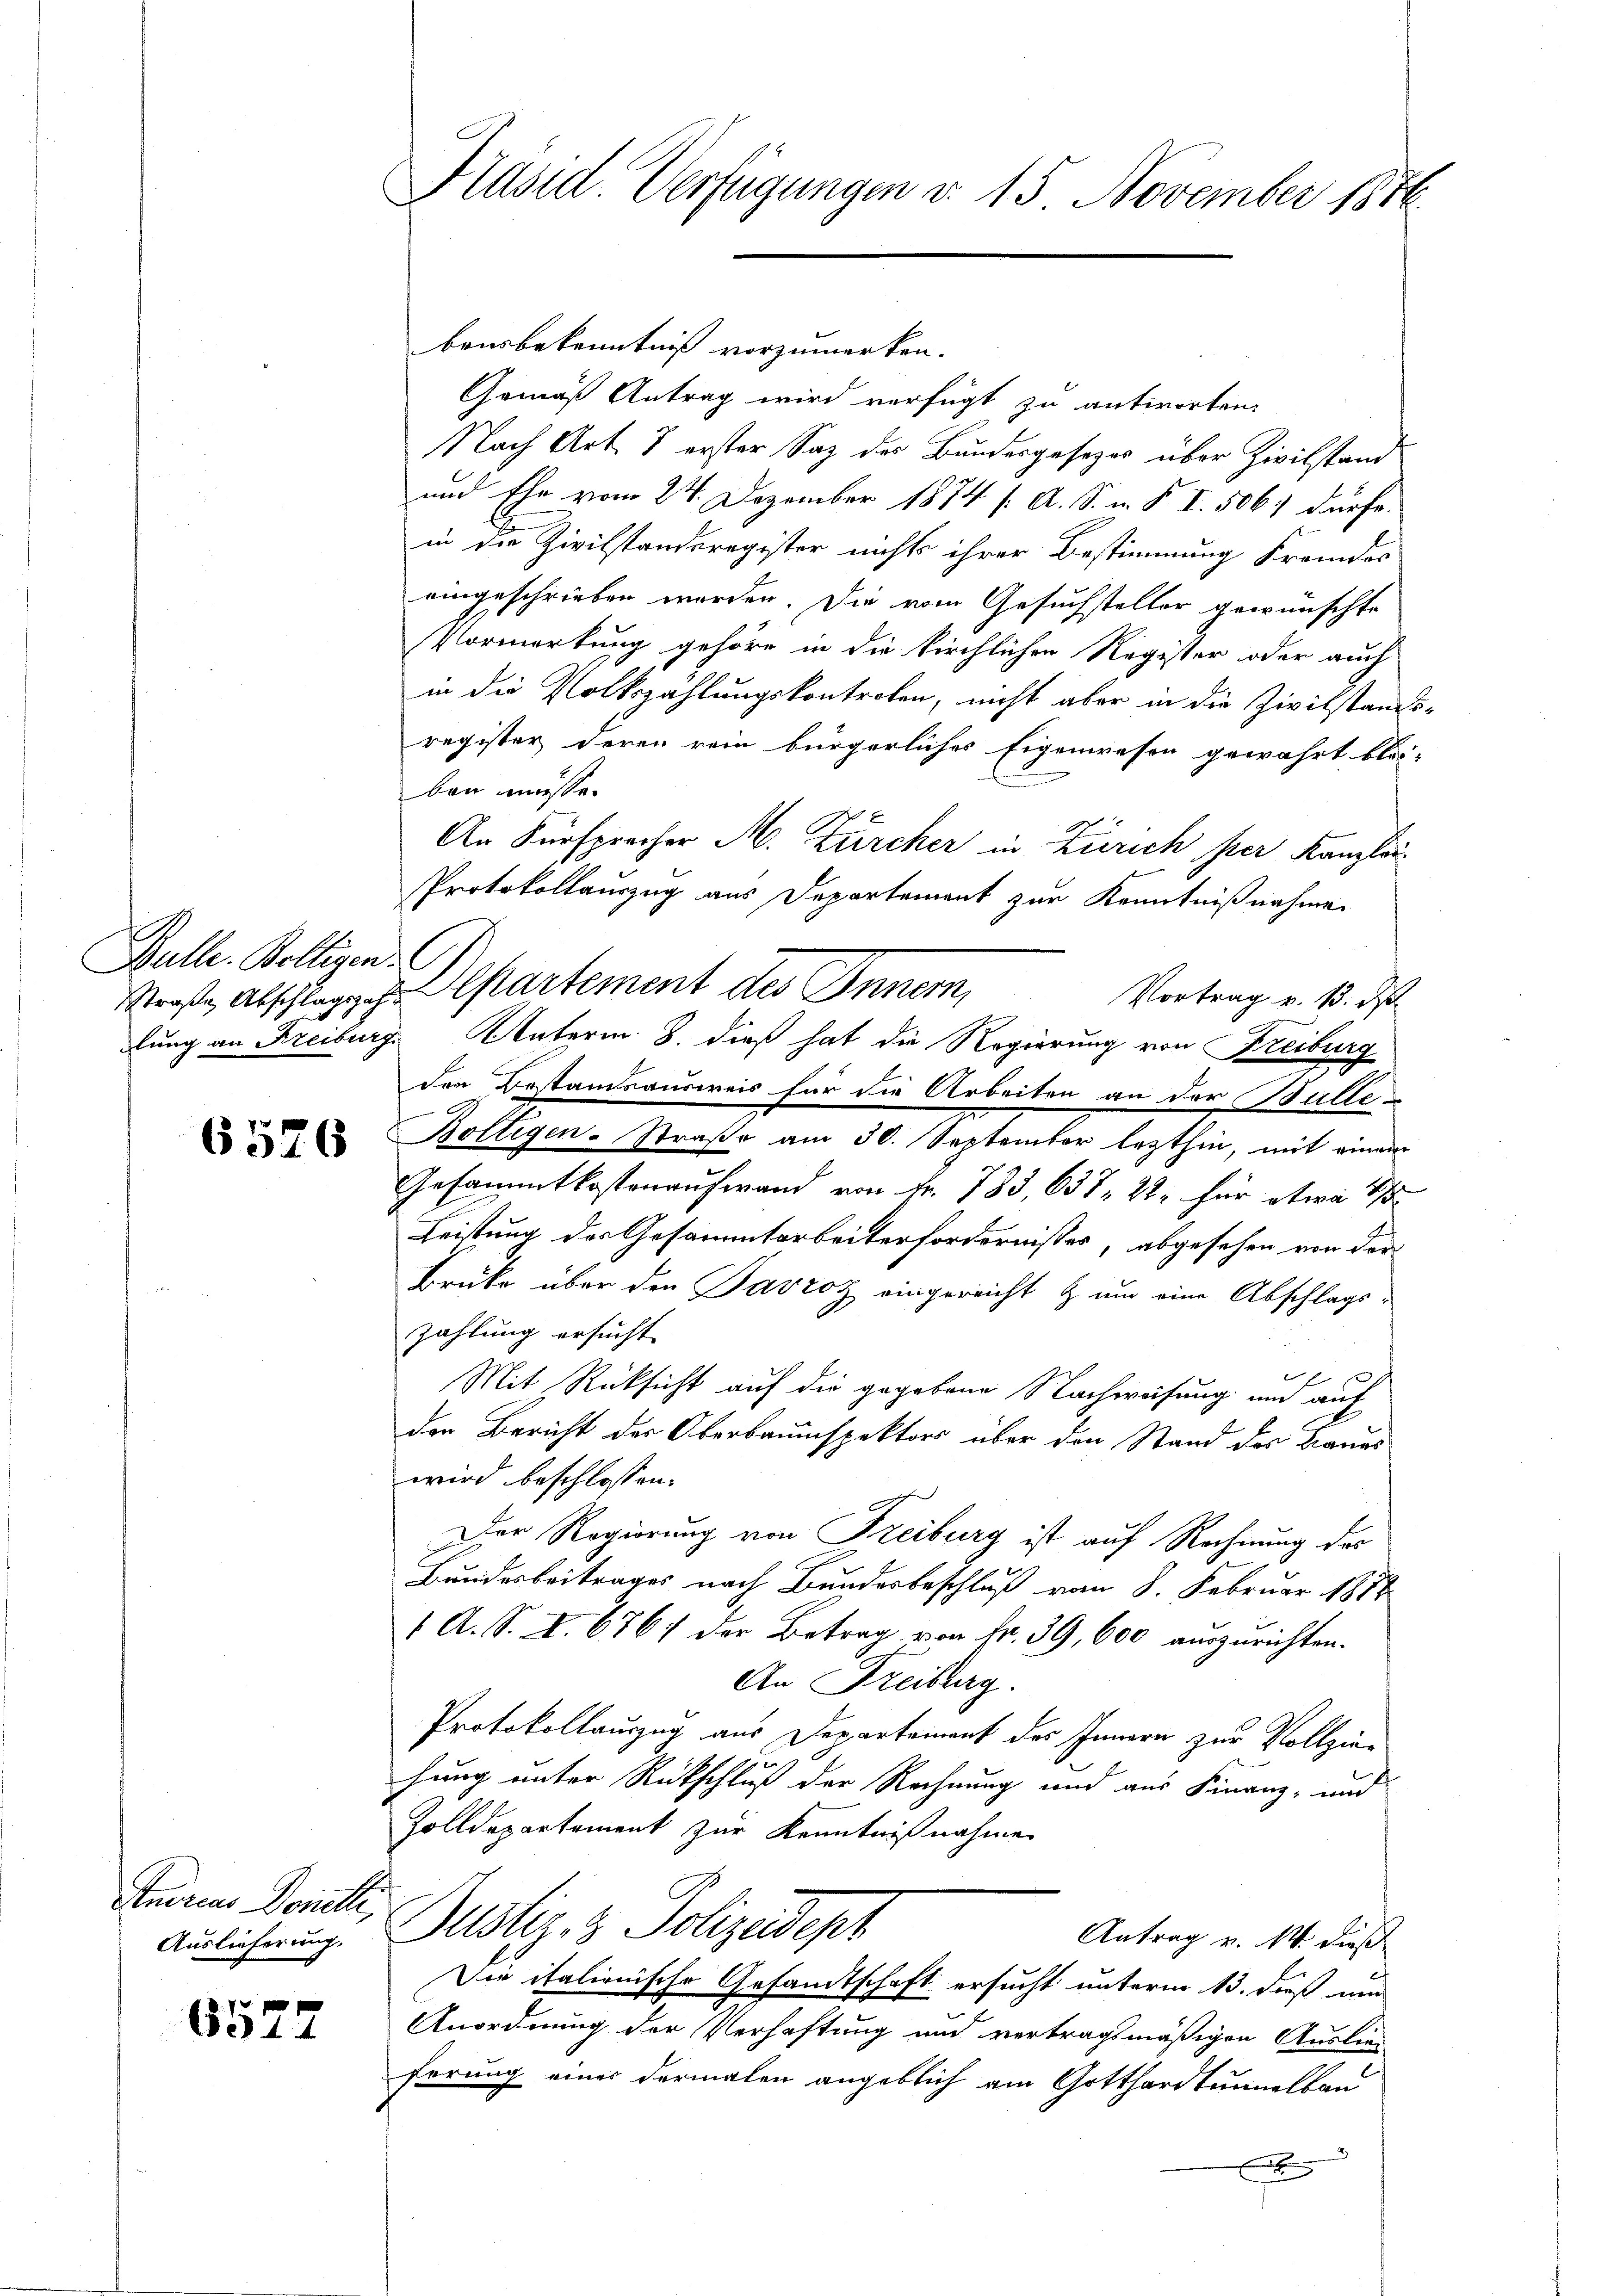
Bulle. Bolligen.

6526

Andreas Donetti,
Auslieferung.

6577

Präsid. Verfügungen d. 15 November 1816.

bausbekenntniß vorzumerken.
Gemäß Antrag wird verfügt zu antworten.
Nach Art. 7 erster Saz des Bundesgesezes über Zivilstand
und Ehe vom 24. Dezember 1874 /: A. S. n. F. I. 506 dürfe.
in die Zivilstanderegister nichts ihrer Bestimmung Fremdes
eingeschrieben worden. Die vom Gesuchsteller gewünschte
Pormerkung gehöre in die kirchlichen Register oder auch
in die Volkszahlungskontreten, nicht aber in die Zivilstands-
register deren rein bürgerliches Eigenwesen gewährt blei-
ben müsse.
An Fürsprecher M. Zürcher in Zürich per Kanzlei¬
Protokollauszug aus Departement zur Kenntnißnahme
Vortrag v. 13. ds
lung an Freiburg. Unterm 8. dieß hat die Regierung von Kreiburg
der Bestandsausweis für die Arbeiten an der Bulle
Boltigen-Straße am 30. September lezthin, mit einem
Gesammtkostenaufwand von Fr. 783, 637. 22. für etwa 115
Leistung des Gesammtarbeiterfordernisses, abgesehen von der
Brüke über den Parzoz eingereicht & um eine Abschlags-
zahlung ersucht.
 x
Mit Rücksicht auf die gegebene Nachweisung und auf
den Bericht der Oberbauinspektors über den Stand des Baues
wird beschlossen:
Der Regierung von Freiburg ist auf Rechnung des
Bundesbeitrages nach Bundesbeschluß vom 8. Februar 1877
1 A. S. I. 6761 der Betrag von Nr. 39, 600 auszurichten.
An Freiburg.
Protokollauszug aus Departement des Innern zur Vollziehung unter Rückschluß der Rechnung und aus Finanz- und
Zolldepartement zur Kenntnißnahme
Justiz- & Polizeidept
Antrag v. 14. dieß
Die italienische Gesandtschaft ersucht unterm 13. dieß und
Anordnung der Verhaftung und vertragsmäßigen Auslieferung eines dermalen angeblich am Gotthardtunnelbau
x

Straße, Abschlags ihr Separtement des Innern,